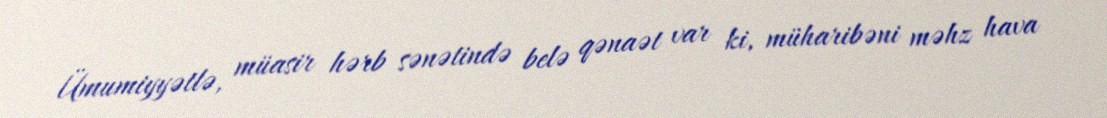
Ümumiyyətlə, müasir hərb sənətində belə qənaət var ki, müharibəni məhz hava